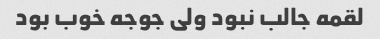
لقمه جالب نبود ولی جوجه خوب بود